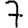
Digit: 7